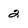
Character: 2